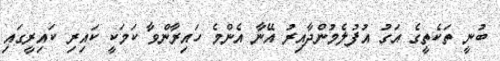
ބުނީ ތަކެތީގެ އަގު އުފުލެމުންދާއިރު އޭނާ އެންމެ ހައިރާންވާ ކަމަކީ ކައިރި ކައިރީގައި